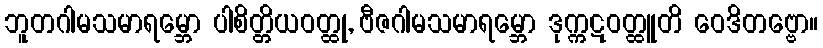
ဘူတဂါမသမာရမ္ဘော ပါစိတ္တိယဝတ္ထု, ဗီဇဂါမသမာရမ္ဘော ဒုက္ကဋဝတ္ထူတိ ဝေဒိတဗ္ဗော။